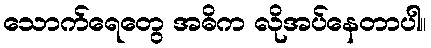
သောက်ရေတွေ အဓိက လိုအပ်နေတာပါ။